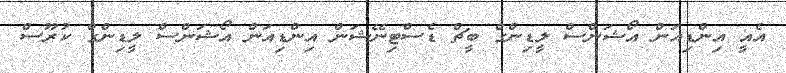
އެއީ އިންޑިއަން އޯޝަންސް ލީޑިންގް ބީޗް ޑެސްޓިނޭޝަން އިންޑިއަން އޯޝަންސް ލީޑިންގް ކުރޫސް